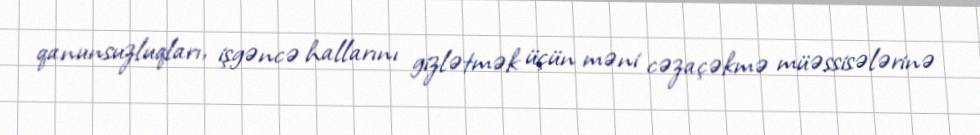
qanunsuzluqları, işgəncə hallarını gizlətmək üçün məni cəzaçəkmə müəssisələrinə